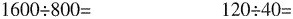
$$1 6 0 0 \div 8 0 0 =$$ $$1 2 0 \div 4 0 =$$